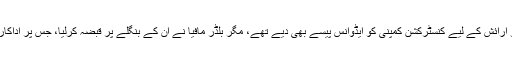
اداکار نے بنگلے کی مرمت و تزئین و آرائش کے لیے کنسٹرکشن کمپنی کو ایڈوانس پیسے بھی دیے تھے، مگر بلڈر مافیا نے ان کے بنگلے پر قبضہ کرلیا، جس پر اداکار نے سپریم کورٹ سے رجوع کیا تھا۔